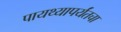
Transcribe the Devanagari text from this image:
पायथ्यापर्यंतचा